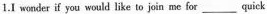
1.I wnder if you would like to join me for ___ quick